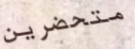
متحضرين